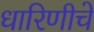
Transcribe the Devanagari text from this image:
धारिणीचे